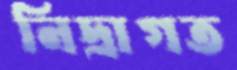
নিদ্রাগত